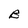
Character: B